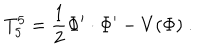
LaTeX: T _ { 5 } ^ { 5 } = { \frac { 1 } { 2 } } \Phi ^ { \prime } \cdot \Phi ^ { \prime } - V ( \Phi ) ~ .